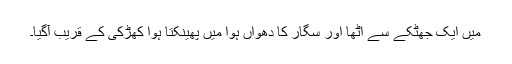
میں ایک جھٹکے سے اٹھا اور سگار کا دھواں ہوا میں پھینکتا ہوا کھڑکی کے قریب آگیا۔